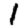
Digit: 1